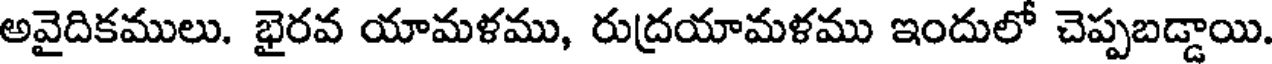
అవైదికములు. భైరవ యామళము, రుద్రయామళము ఇందులో చెప్పబడ్డాయి.